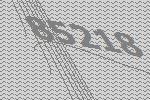
85218